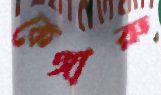
কেঙ্গারু